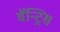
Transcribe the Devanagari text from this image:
वॅन्ट्रिस